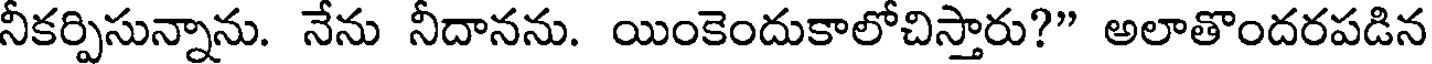
నీకర్పిసున్నాను. నేను నీదానను. యింకెందుకాలోచిస్తారు?" అలాతొందరపడిన